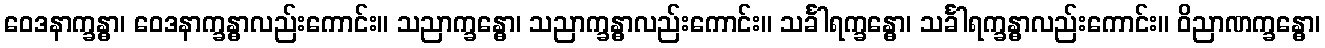
ဝေဒနာက္ခန္ဓာ၊ ဝေဒနာက္ခန္ဓာလည်းကောင်း။ သညာက္ခန္ဓော၊ သညာက္ခန္ဓာလည်းကောင်း။ သင်္ခါရက္ခန္ဓော၊ သင်္ခါရက္ခန္ဓာလည်းကောင်း။ ဝိညာဏက္ခန္ဓော၊